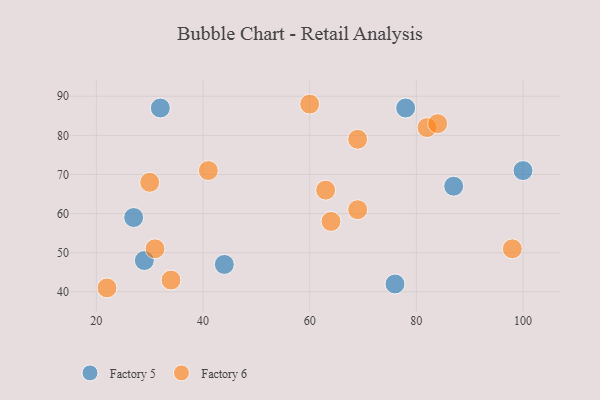
{"axis": {"x": "GDP", "y": "Life Expectancy"}, "legend": ["Factory 5", "Factory 6"], "data": [{"x": "29", "y": 48, "type": "Factory 5"}, {"x": "78", "y": 87, "type": "Factory 5"}, {"x": "32", "y": 87, "type": "Factory 5"}, {"x": "27", "y": 59, "type": "Factory 5"}, {"x": "76", "y": 42, "type": "Factory 5"}, {"x": "44", "y": 47, "type": "Factory 5"}, {"x": "100", "y": 71, "type": "Factory 5"}, {"x": "87", "y": 67, "type": "Factory 5"}, {"x": "31", "y": 51, "type": "Factory 6"}, {"x": "69", "y": 61, "type": "Factory 6"}, {"x": "63", "y": 66, "type": "Factory 6"}, {"x": "30", "y": 68, "type": "Factory 6"}, {"x": "82", "y": 82, "type": "Factory 6"}, {"x": "34", "y": 43, "type": "Factory 6"}, {"x": "60", "y": 88, "type": "Factory 6"}, {"x": "69", "y": 79, "type": "Factory 6"}, {"x": "41", "y": 71, "type": "Factory 6"}, {"x": "64", "y": 58, "type": "Factory 6"}, {"x": "22", "y": 41, "type": "Factory 6"}, {"x": "84", "y": 83, "type": "Factory 6"}, {"x": "98", "y": 51, "type": "Factory 6"}]}